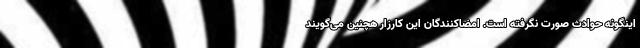
اینگونه حوادث صورت نگرفته است. امضاکنندگان این کارزار هچنین می‌گویند